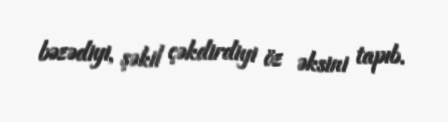
bəzədiyi, şəkil çəkdirdiyi öz əksini tapıb.